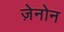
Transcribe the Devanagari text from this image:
ज़ेनोन